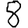
Digit: 8